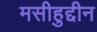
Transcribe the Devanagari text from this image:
मसीहुद्दीन